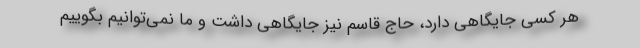
هر کسی جایگاهی دارد، حاج قاسم نیز جایگاهی داشت و ما نمی‌توانیم بگوییم